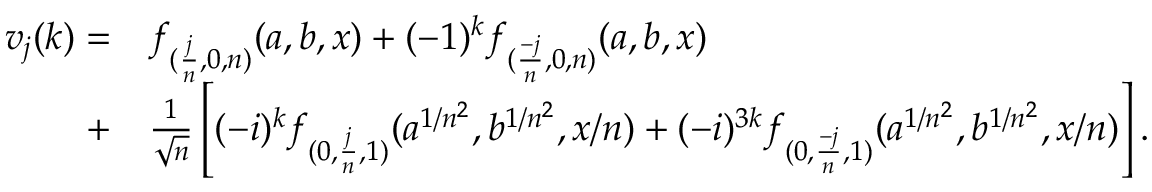
\begin{array} { r l } { v _ { j } ( k ) = } & { f _ { ( \frac { j } { n } , 0 , n ) } ( a , b , x ) + ( - 1 ) ^ { k } f _ { ( \frac { - j } { n } , 0 , n ) } ( a , b , x ) } \\ { + } & { \frac { 1 } { \sqrt { n } } \left[ ( - i ) ^ { k } f _ { ( 0 , \frac { j } { n } , 1 ) } ( a ^ { 1 / n ^ { 2 } } , b ^ { 1 / n ^ { 2 } } , x / n ) + ( - i ) ^ { 3 k } f _ { ( 0 , \frac { - j } { n } , 1 ) } ( a ^ { 1 / n ^ { 2 } } , b ^ { 1 / n ^ { 2 } } , x / n ) \right] . } \end{array}